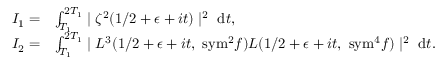
\begin{array} { r l } { I _ { 1 } = } & { \int _ { T _ { 1 } } ^ { 2 T _ { 1 } } \mid \zeta ^ { 2 } ( 1 / 2 + \epsilon + i t ) \mid ^ { 2 } \ \mathrm { d } t , } \\ { I _ { 2 } = } & { \int _ { T _ { 1 } } ^ { 2 T _ { 1 } } \mid L ^ { 3 } ( 1 / 2 + \epsilon + i t , \ { \mathrm { s y m } ^ { 2 } } f ) L ( 1 / 2 + \epsilon + i t , \ \mathrm { { s y m } } ^ { 4 } f ) \mid ^ { 2 } \ \mathrm { d } t . } \end{array}